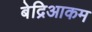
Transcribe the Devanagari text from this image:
बेद्रिआकम